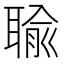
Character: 𦖭